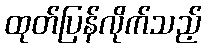
ထုတ်ပြန်လိုက်သည့်